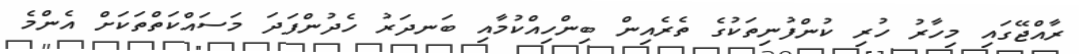
ރާއްޖޭގައި މިހާރު ހުރި ކުންފުނިތަކުގެ ތެރެއިން ބިންހިއްކުމާއި ބަނދަރު ހެދުންފަދަ މަސައްކަތްތަކަށް އެންމެ